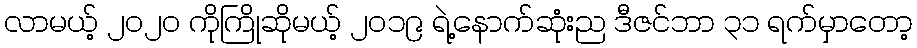
လာမယ့် ၂၀၂၀ ကိုကြိုဆိုမယ့် ၂၀၁၉ ရဲ့နောက်ဆုံးည ဒီဇင်ဘာ ၃၁ ရက်မှာတော့